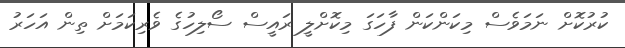
ކުރުކޮށް ނަމަވެސް މިކަންކަން ފާހަގަ މިިކޮށްލީ ރައީސް ސޯލިހުގެ ވެރިކަމަށް ތިން އަހަރު